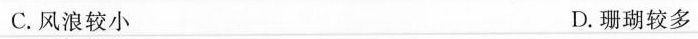
C.风浪较小 D.珊瑚较多